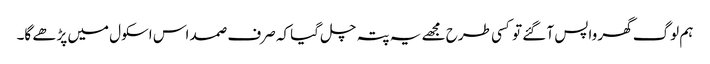
ہم لوگ گھر واپس آ گئے تو کسی طرح مجھے یہ پتہ چل گیا کہ صرف صمد اس اسکول میں پڑھے گا۔